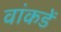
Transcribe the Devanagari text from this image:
वांकडें